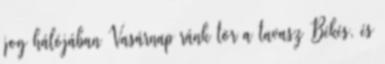
jog hálójában Vasárnap ránk tör a tavasz Békés, és